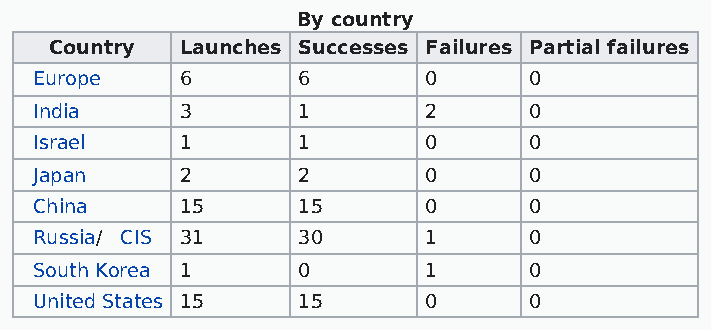
By country
 Country  Launches Successes Failures Partial failures
 Europe    6       6       0      0
 India     3       1       2      0
 Israel    1       1       0      0
 Japan     2       2       0      0
 China     15      15      0      0
 Russia/ CIS 31    30      1      0
 South Korea 1     0       1      0
 United States 15  15      0      0